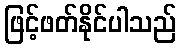
ဖြင့်ဖတ်နိုင်ပါသည်